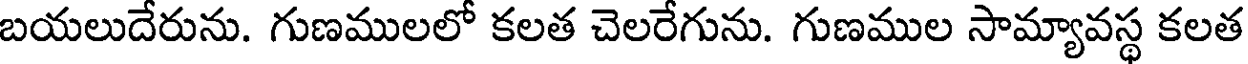
బయలుదేరును. గుణములలో కలత చెలరేగును. గుణముల సామ్యావస్థ కలత